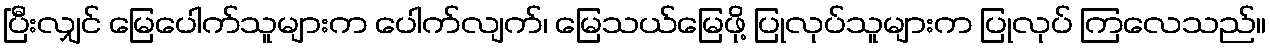
ပြီးလျှင် မြေပေါက်သူများက ပေါက်လျက်၊ မြေသယ်မြေဖို့ ပြုလုပ်သူများက ပြုလုပ် ကြလေသည်။